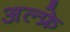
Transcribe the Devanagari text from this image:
अल्फ्रे